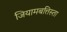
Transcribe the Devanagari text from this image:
जियामबत्तिस्ता